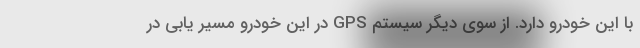
با این خودرو دارد. از سوی دیگر سیستم GPS در این خودرو مسیر یابی در